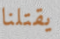
يقتلنا